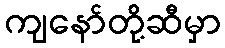
ကျနော်တို့ဆီမှာ